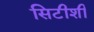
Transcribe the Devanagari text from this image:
सिटीशी